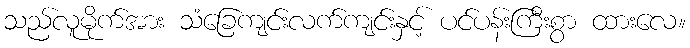
သည်လူမိုက်အား သံခြေကျင်းလက်ကျင်းနှင့် ပင်ပန်းကြီးစွာ ထားလေ။